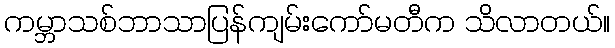
ကမ္ဘာသစ်ဘာသာပြန်ကျမ်းကော်မတီက သိလာတယ်။